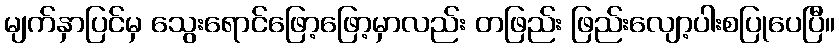
မျက်နှာပြင်မှ သွေးရောင်ဖြော့ဖြော့မှာလည်း တဖြည်း ဖြည်းလျော့ပါးစပြုပေပြီ။